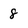
Character: 8